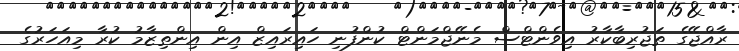
ރާއްޖޭގެ ތަޖުރިބާކާރު އިވެންޓްސް މެނޭޖްމަންޓް ކުންފުނި ހައިރައިޒް އިން އިންތިޒާމު ކުރާ މިއަހަރުގެ